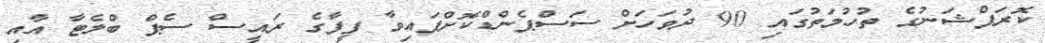
ކޮރަޕްޝަނުގެ ތުހުމަތުގައި 90 ދުވަހަށް ސަސްޕެންޑްކޮށްފައިވާ ފީފާގެ ރައީސް ސެޕް ބްލެޓާ އާއި